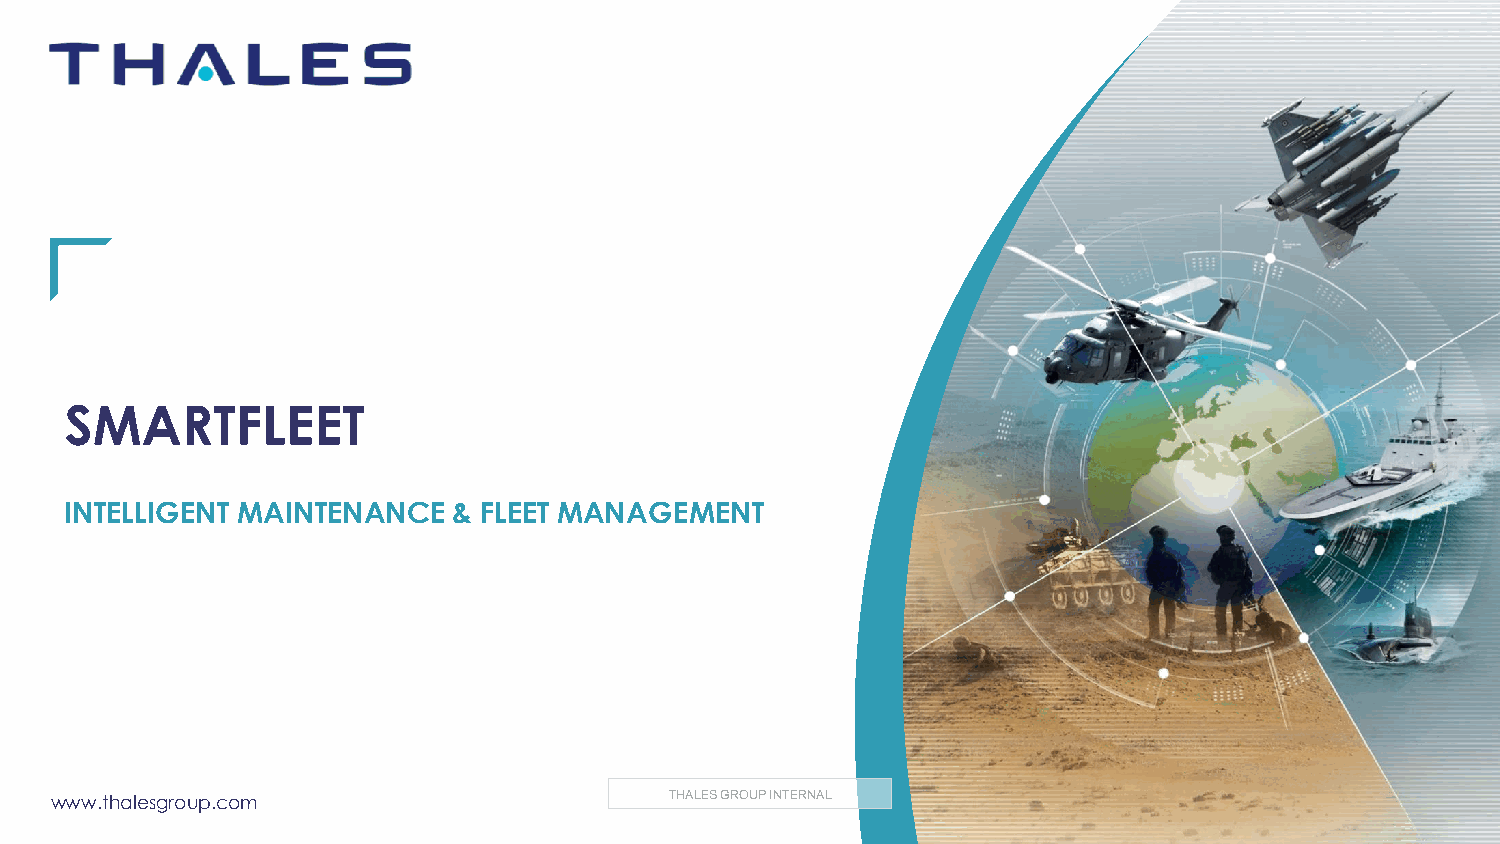
SMARTFLEET
 INTELLIGENT MAINTENANCE   & FLEET MANAGEMENT
 www.thalesgroup.com                      THALES GROUP INTERNAL